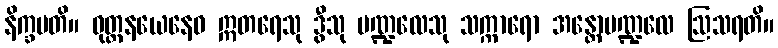
နိက္ခမတိ။ ဝုတ္တနယေနေဝ ဣတရေသု ဒွီသု မဏ္ဍလေသု သက္ကာရော အန္တောမဏ္ဍလေ ဩသရတိ။